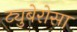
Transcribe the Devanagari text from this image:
ट्युबेरोसा